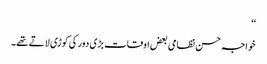
‘‘
خواجہ حسن نظامی بعض اوقات بڑی دور کی کوڑی لاتے تھے۔